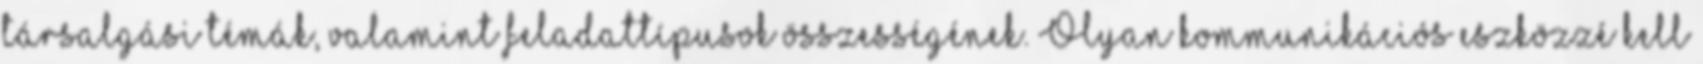
társalgási témák, valamint feladattípusok összességének. Olyan kommunikációs eszközzé kell